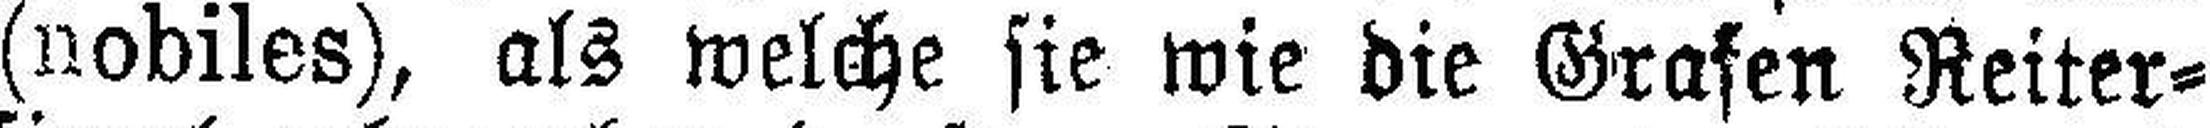
(nobiles), als welche sie wie die Grafen Reiter¬